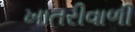
ખાતરીવાળી